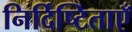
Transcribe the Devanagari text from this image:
निर्दिष्टिताएँ